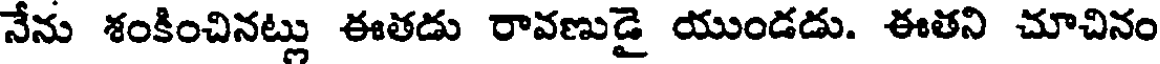
నేను శంకించినట్లు ఈతడు రావణుడై యుండడు. ఈతని చూచినం